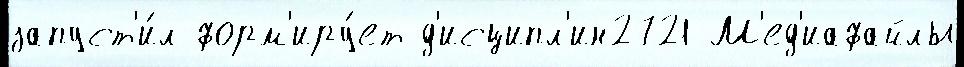
запуст'и́л форм'иру́ет д'исципл'ин2721 М'ед'иафайлы